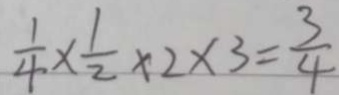
\frac { 1 } { 4 } \times \frac { 1 } { 2 } \times 2 \times 3 = \frac { 3 } { 4 }